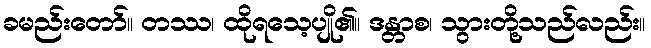
ခမည်းတော်။ တဿ၊ ထိုရသေ့ပျို၏။ ဒန္တာစ၊ သွားတို့သည်လည်း။